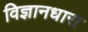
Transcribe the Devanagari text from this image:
विज्ञानधारा